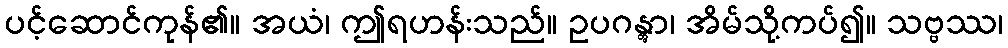
ပင့်ဆောင်ကုန်၏။ အယံ၊ ဤရဟန်းသည်။ ဥပဂန္တွာ၊ အိမ်သို့ကပ်၍။ သဗ္ဗဿ၊